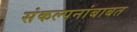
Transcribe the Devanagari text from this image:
संकल्पनांबाबत